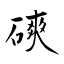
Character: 磢